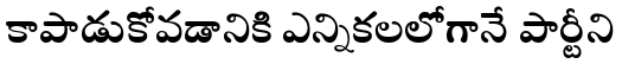
కాపాడుకోవడానికి ఎన్నికలలోగానే పార్టీని